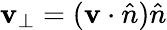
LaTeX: \mathbf{v}_{\perp}=(\mathbf{v}\cdot{\hat{n}}){\hat{n}}